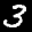
Label: 3